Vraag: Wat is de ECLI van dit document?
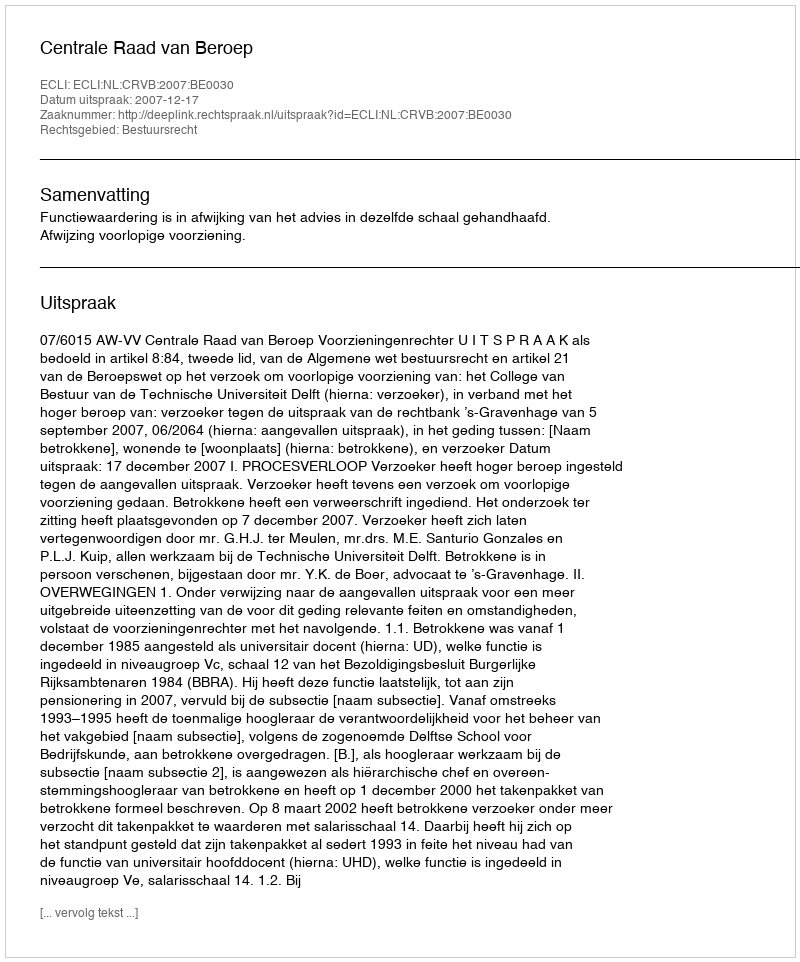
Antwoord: ECLI:NL:CRVB:2007:BE0030